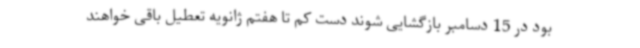
بود در 15 دسامبر بازگشایی شوند دست کم تا هفتم ژانویه تعطیل باقی خواهند